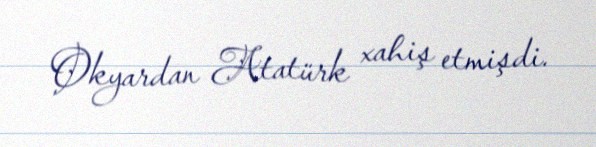
Okyardan Atatürk xahiş etmişdi.